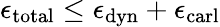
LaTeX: \epsilon_{\mathrm{total}}\le\epsilon_{\mathrm{dyn}}+\epsilon_{\mathrm{carl}}